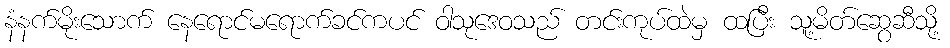
နံနက်မိုးသောက် နေရောင်မရောက်ခင်ကပင် ဝါသုဒေဝသည် တင်းကုပ်ထဲမှ ထပြီး သူ့မိတ်ဆွေဆီသို့